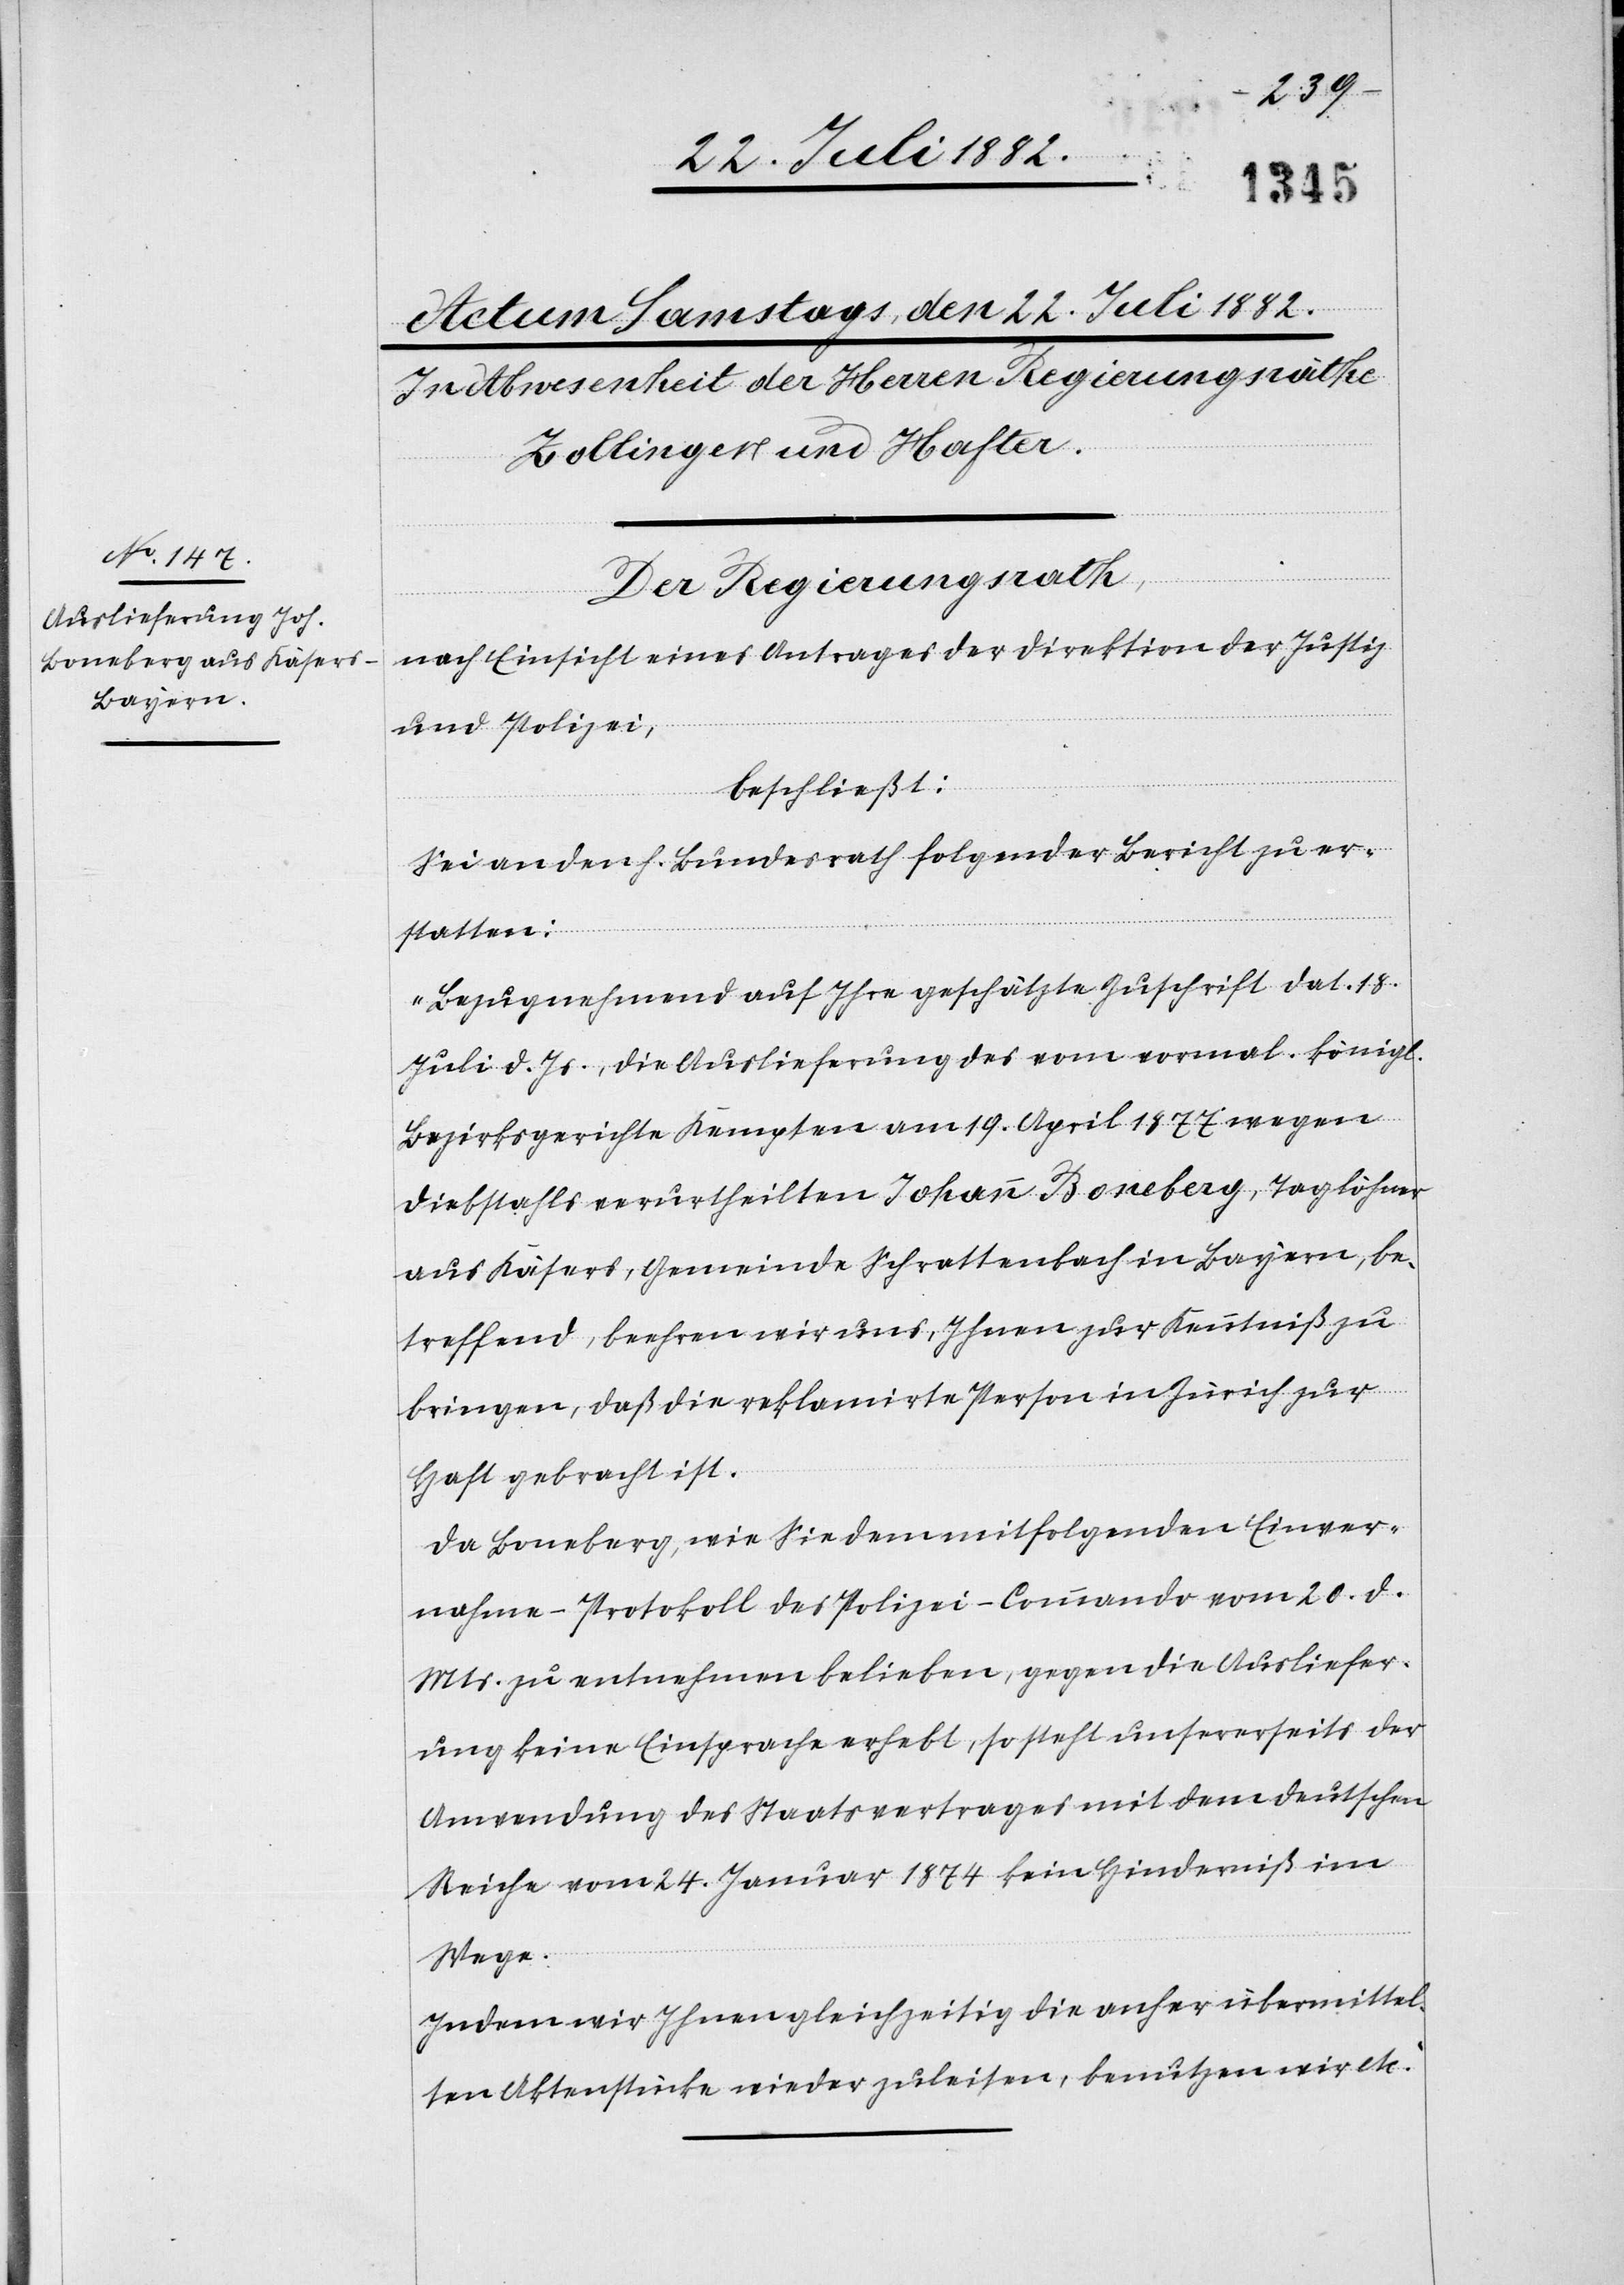
Der Regierungsrath,
nach Einsicht eines Antrages der Direktion der Justiz
beschließt:
Sei an den h. Bundesrath folgender Bericht zu er¬
statten:
„Bezugnehmend auf Ihre geschätzte Zuschrift dat. 18.
Juli d. Js., die Auslieferung des vom vormal. königl.
Bezirksgerichte Kempten am 19. April 1877 wegen
Diebstahls verurtheilten Johann Boneberg, Taglöhner
aus Käsers, Gemeinde Schrattenbach in Bayern, be¬
treffend, beehren wir uns, Ihnen zur Kenntniß zu
bringen, daß die reklamirte Person in Zürich zur
Haft gebracht ist.
Da Boneberg, wie Sie dem mitfolgenden Einver¬
nahme-Protokoll des Polizei-Commando vom 20. d.
Mts. zu entnehmen belieben, gegen die Ausliefer¬
ung keine Einsprache erhebt, so steht unserseits der
Anwendung des Staatsvertrages mit dem deutschen
Reiche vom 24. Januar 1874 kein Hinderniß im
Wege.
Indem wir Ihnen gleichzeitig die anher übermittel¬
ten Aktenstücke wieder zuleiten, benutzen wir etc.“